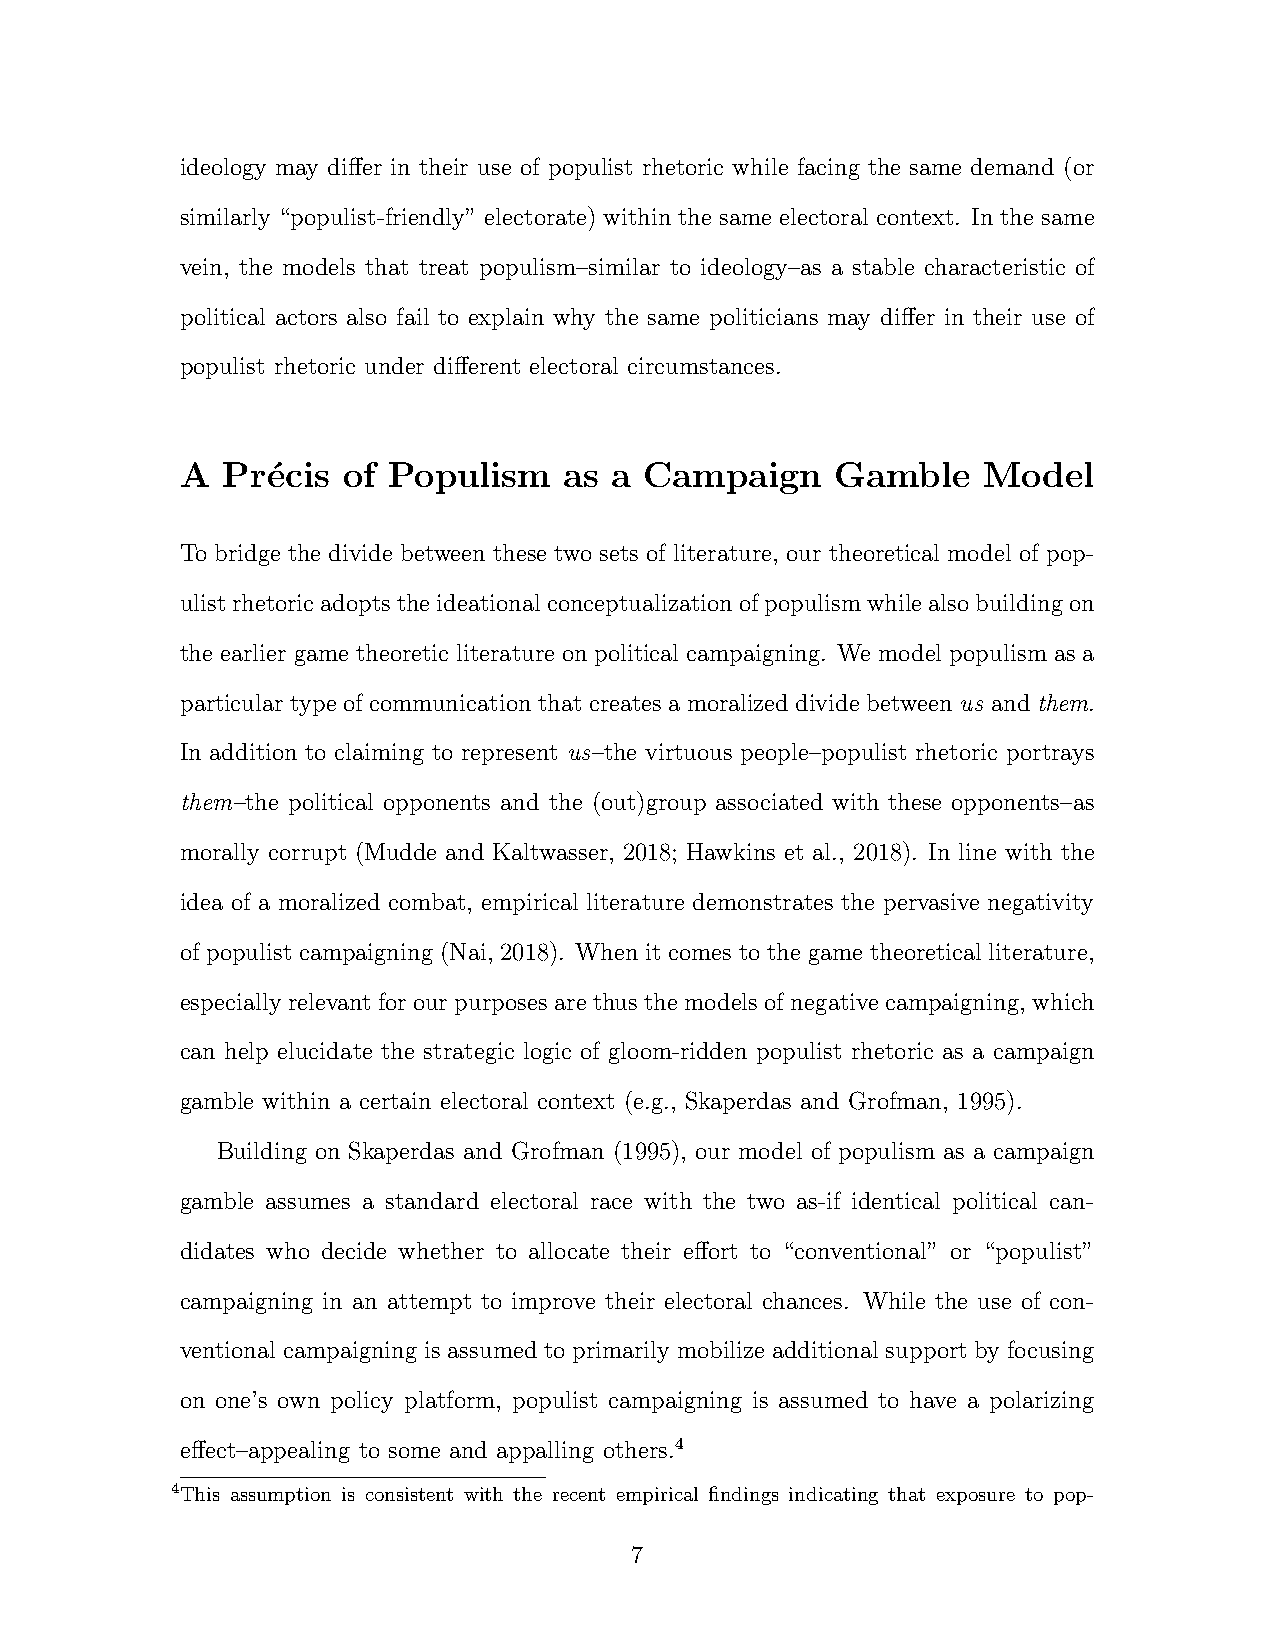
ideology may differ in their use of populist rhetoric while facing the same demand (or
 similarly “populist-friendly” electorate) within the same electoral context. In the same
 vein, the models that treat populism–similar to ideology–as a stable characteristic of
 political actors also fail to explain why the same politicians may differ in their use of
 populist rhetoric under different electoral circumstances.
 A  Pr´ecis of Populism   as  a Campaign    Gamble    Model
 To bridge the divide between these two sets of literature, our theoretical model of pop-
 ulistrhetoricadoptstheideationalconceptualizationofpopulismwhilealsobuildingon
 the earlier game theoretic literature on political campaigning. We model populism as a
 particular type of communication that creates a moralized divide between us and them.
 In addition to claiming to represent us–the virtuous people–populist rhetoric portrays
 them–the political opponents and the (out)group associated with these opponents–as
 morally corrupt (Mudde and Kaltwasser, 2018; Hawkins et al., 2018). In line with the
 idea of a moralized combat, empirical literature demonstrates the pervasive negativity
 of populist campaigning (Nai, 2018). When it comes to the game theoretical literature,
 especially relevant for our purposes are thus the models of negative campaigning, which
 can help elucidate the strategic logic of gloom-ridden populist rhetoric as a campaign
 gamble within a certain electoral context (e.g., Skaperdas and Grofman, 1995).
 Building on Skaperdas and Grofman (1995), our model of populism as a campaign
 gamble assumes a standard electoral race with the two as-if identical political can-
 didates who decide whether to allocate their effort to “conventional” or “populist”
 campaigning in an attempt to improve their electoral chances. While the use of con-
 ventional campaigning is assumed to primarily mobilize additional support by focusing
 on one’s own policy platform, populist campaigning is assumed to have a polarizing
 effect–appealing to some and appalling others.4
 4This assumption is consistent with the recent empirical findings indicating that exposure to pop-
 7